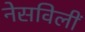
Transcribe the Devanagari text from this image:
नेसविलीं